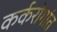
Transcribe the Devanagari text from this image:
कर्करोगांत